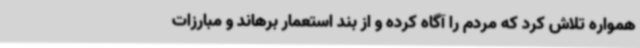
همواره تلاش کرد که مردم را آگاه کرده و از بند استعمار برهاند و مبارزات